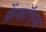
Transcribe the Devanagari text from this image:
फ्रेंकॉएस